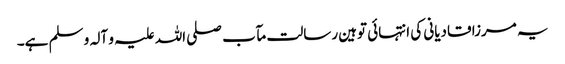
یہ مرزا قادیانی کی انتہائی توہین رسالت مآب صلی اللہ علیہ و آلہ و سلم ہے۔